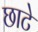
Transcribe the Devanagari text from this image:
छाटे